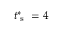
t _ { \textrm { s } } ^ { * } = 4